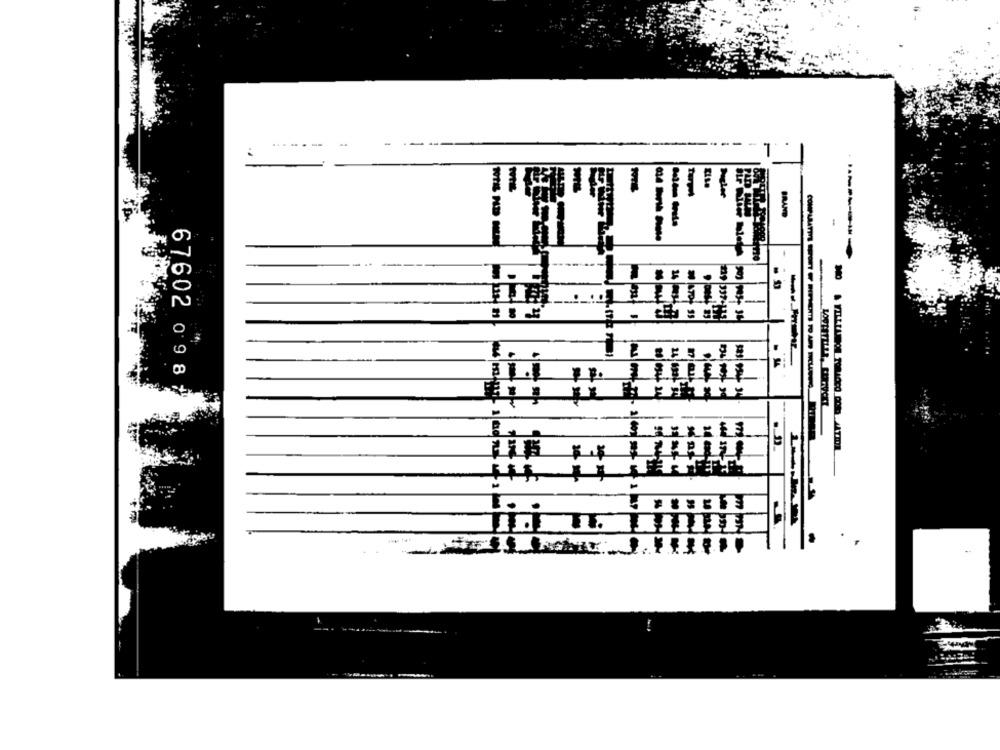
..
..
-
-
F
67602 098
--
-- -
COMPARATIVE POINT RIPNEXT TO AND INCLUDING 7
!